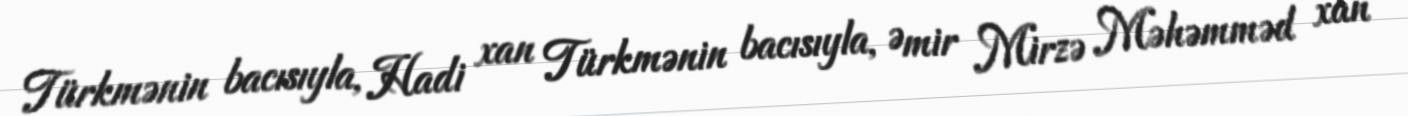
Türkmənin bacısıyla, Hadi xan Türkmənin bacısıyla, Əmir Mirzə Məhəmməd xan